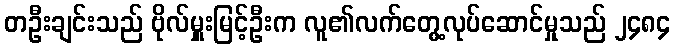
တဦးချင်းသည် ဗိုလ်မှူးမြင့်ဦးက လူ၏လက်တွေ့လုပ်ဆောင်မှုသည် ၂၄၈၄